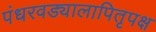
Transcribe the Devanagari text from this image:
पंधरवड्यालापितृपक्ष